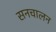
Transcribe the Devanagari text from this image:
सनचालन